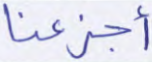
أجزعنا